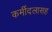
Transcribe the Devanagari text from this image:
कर्मीदलासह